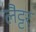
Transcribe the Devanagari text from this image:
लैट्टर